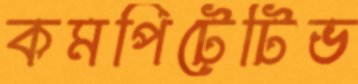
কমপিটেটিভ